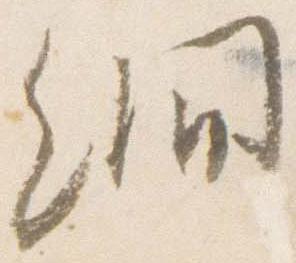
繝